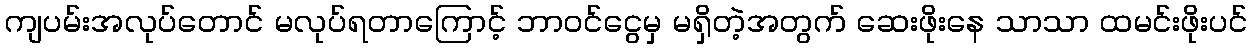
ကျပမ်းအလုပ်တောင် မလုပ်ရတာကြောင့် ဘာဝင်ငွေမှ မရှိတဲ့အတွက် ဆေးဖိုးနေ သာသာ ထမင်းဖိုးပင်